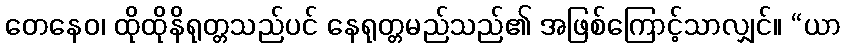
တေနေဝ၊ ထိုထိုနိရုတ္တသည်ပင် နေရုတ္တမည်သည်၏ အဖြစ်ကြောင့်သာလျှင်။ “ယာ